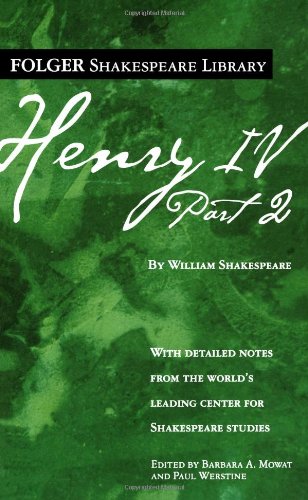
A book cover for Henry IV, Part II (Folger Shakespeare Library); William Shakespeare; Literature & Fiction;